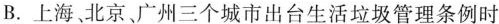
B.上海、北京、广州三个城市出台生活垃圾管理条例时